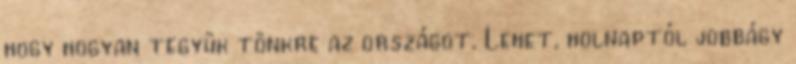
hogy hogyan tegyük tönkre az országot. Lehet, holnaptól jobbágy